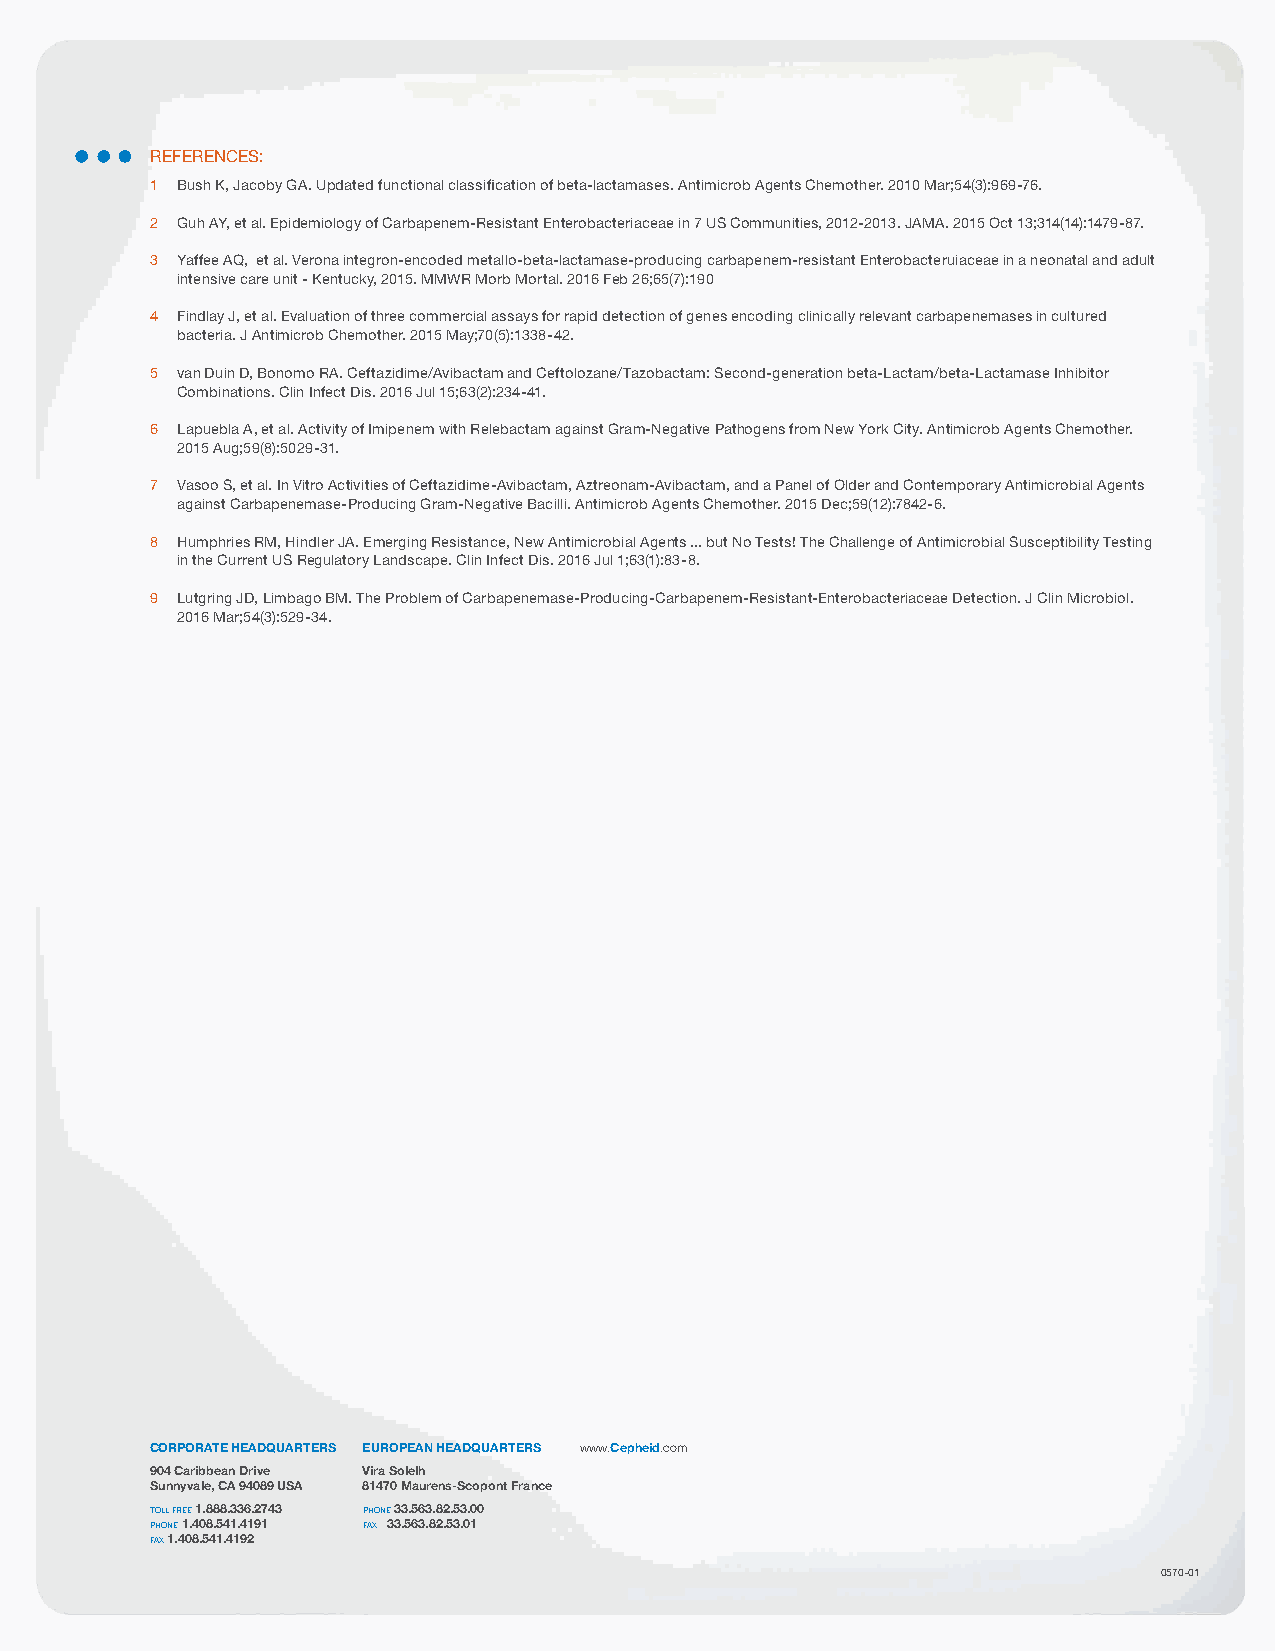
RefeReNCes:
 1 Bush K, Jacoby ga. Updated functional classification of beta-lactamases. antimicrob agents Chemother. 2010 Mar;54(3):969-76.
 2 guh aY, et al. epidemiology of Carbapenem-Resistant enterobacteriaceae in 7 Us Communities, 2012-2013. JaMa. 2015 Oct 13;314(14):1479-87.
 3 Yaffee aQ, et al. Verona integron-encoded metallo-beta-lactamase-producing carbapenem-resistant enterobacteruiaceae in a neonatal and adult
 intensive care unit - Kentucky, 2015. MMWR Morb Mortal. 2016 feb 26;65(7):190
 4 findlay J, et al. evaluation of three commercial assays for rapid detection of genes encoding clinically relevant carbapenemases in cultured
 bacteria. J antimicrob Chemother. 2015 May;70(5):1338-42.
 5 van Duin D, Bonomo Ra. Ceftazidime/avibactam and Ceftolozane/Tazobactam: second-generation beta-Lactam/beta-Lactamase Inhibitor
 Combinations. Clin Infect Dis. 2016 Jul 15;63(2):234-41.
 6 Lapuebla a, et al. activity of Imipenem with Relebactam against gram-Negative pathogens from New York City. antimicrob agents Chemother.
 2015 aug;59(8):5029-31.
 7 Vasoo s, et al. In Vitro activities of Ceftazidime-avibactam, aztreonam-avibactam, and a panel of Older and Contemporary antimicrobial agents
 against Carbapenemase-producing gram-Negative Bacilli. antimicrob agents Chemother. 2015 Dec;59(12):7842-6.
 8 Humphries RM, Hindler Ja. emerging Resistance, New antimicrobial agents ... but No Tests! The Challenge of antimicrobial susceptibility Testing
 in the Current Us Regulatory Landscape. Clin Infect Dis. 2016 Jul 1;63(1):83-8.
 9 Lutgring JD, Limbago BM. The problem of Carbapenemase-producing-Carbapenem-Resistant-enterobacteriaceae Detection. J Clin Microbiol.
 2016 Mar;54(3):529-34.
 CORPORATE HEADQUARTERS EUROPEAN HEADQUARTERS www.Cepheid.com
 904 Caribbean Drive Vira Solelh
 Sunnyvale, CA 94089 USA 81470 Maurens-Scopont France
 TOLL FREE 1.888.336.2743 PHONE 33.563.82.53.00
 PHONE 1.408.541.4191 FAX 33.563.82.53.01
 FAX 1.408.541.4192
 0570-01